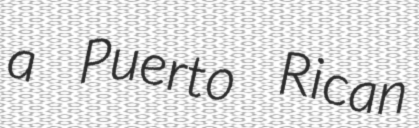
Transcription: a Puerto Rican